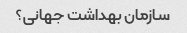
سازمان بهداشت جهانی؟